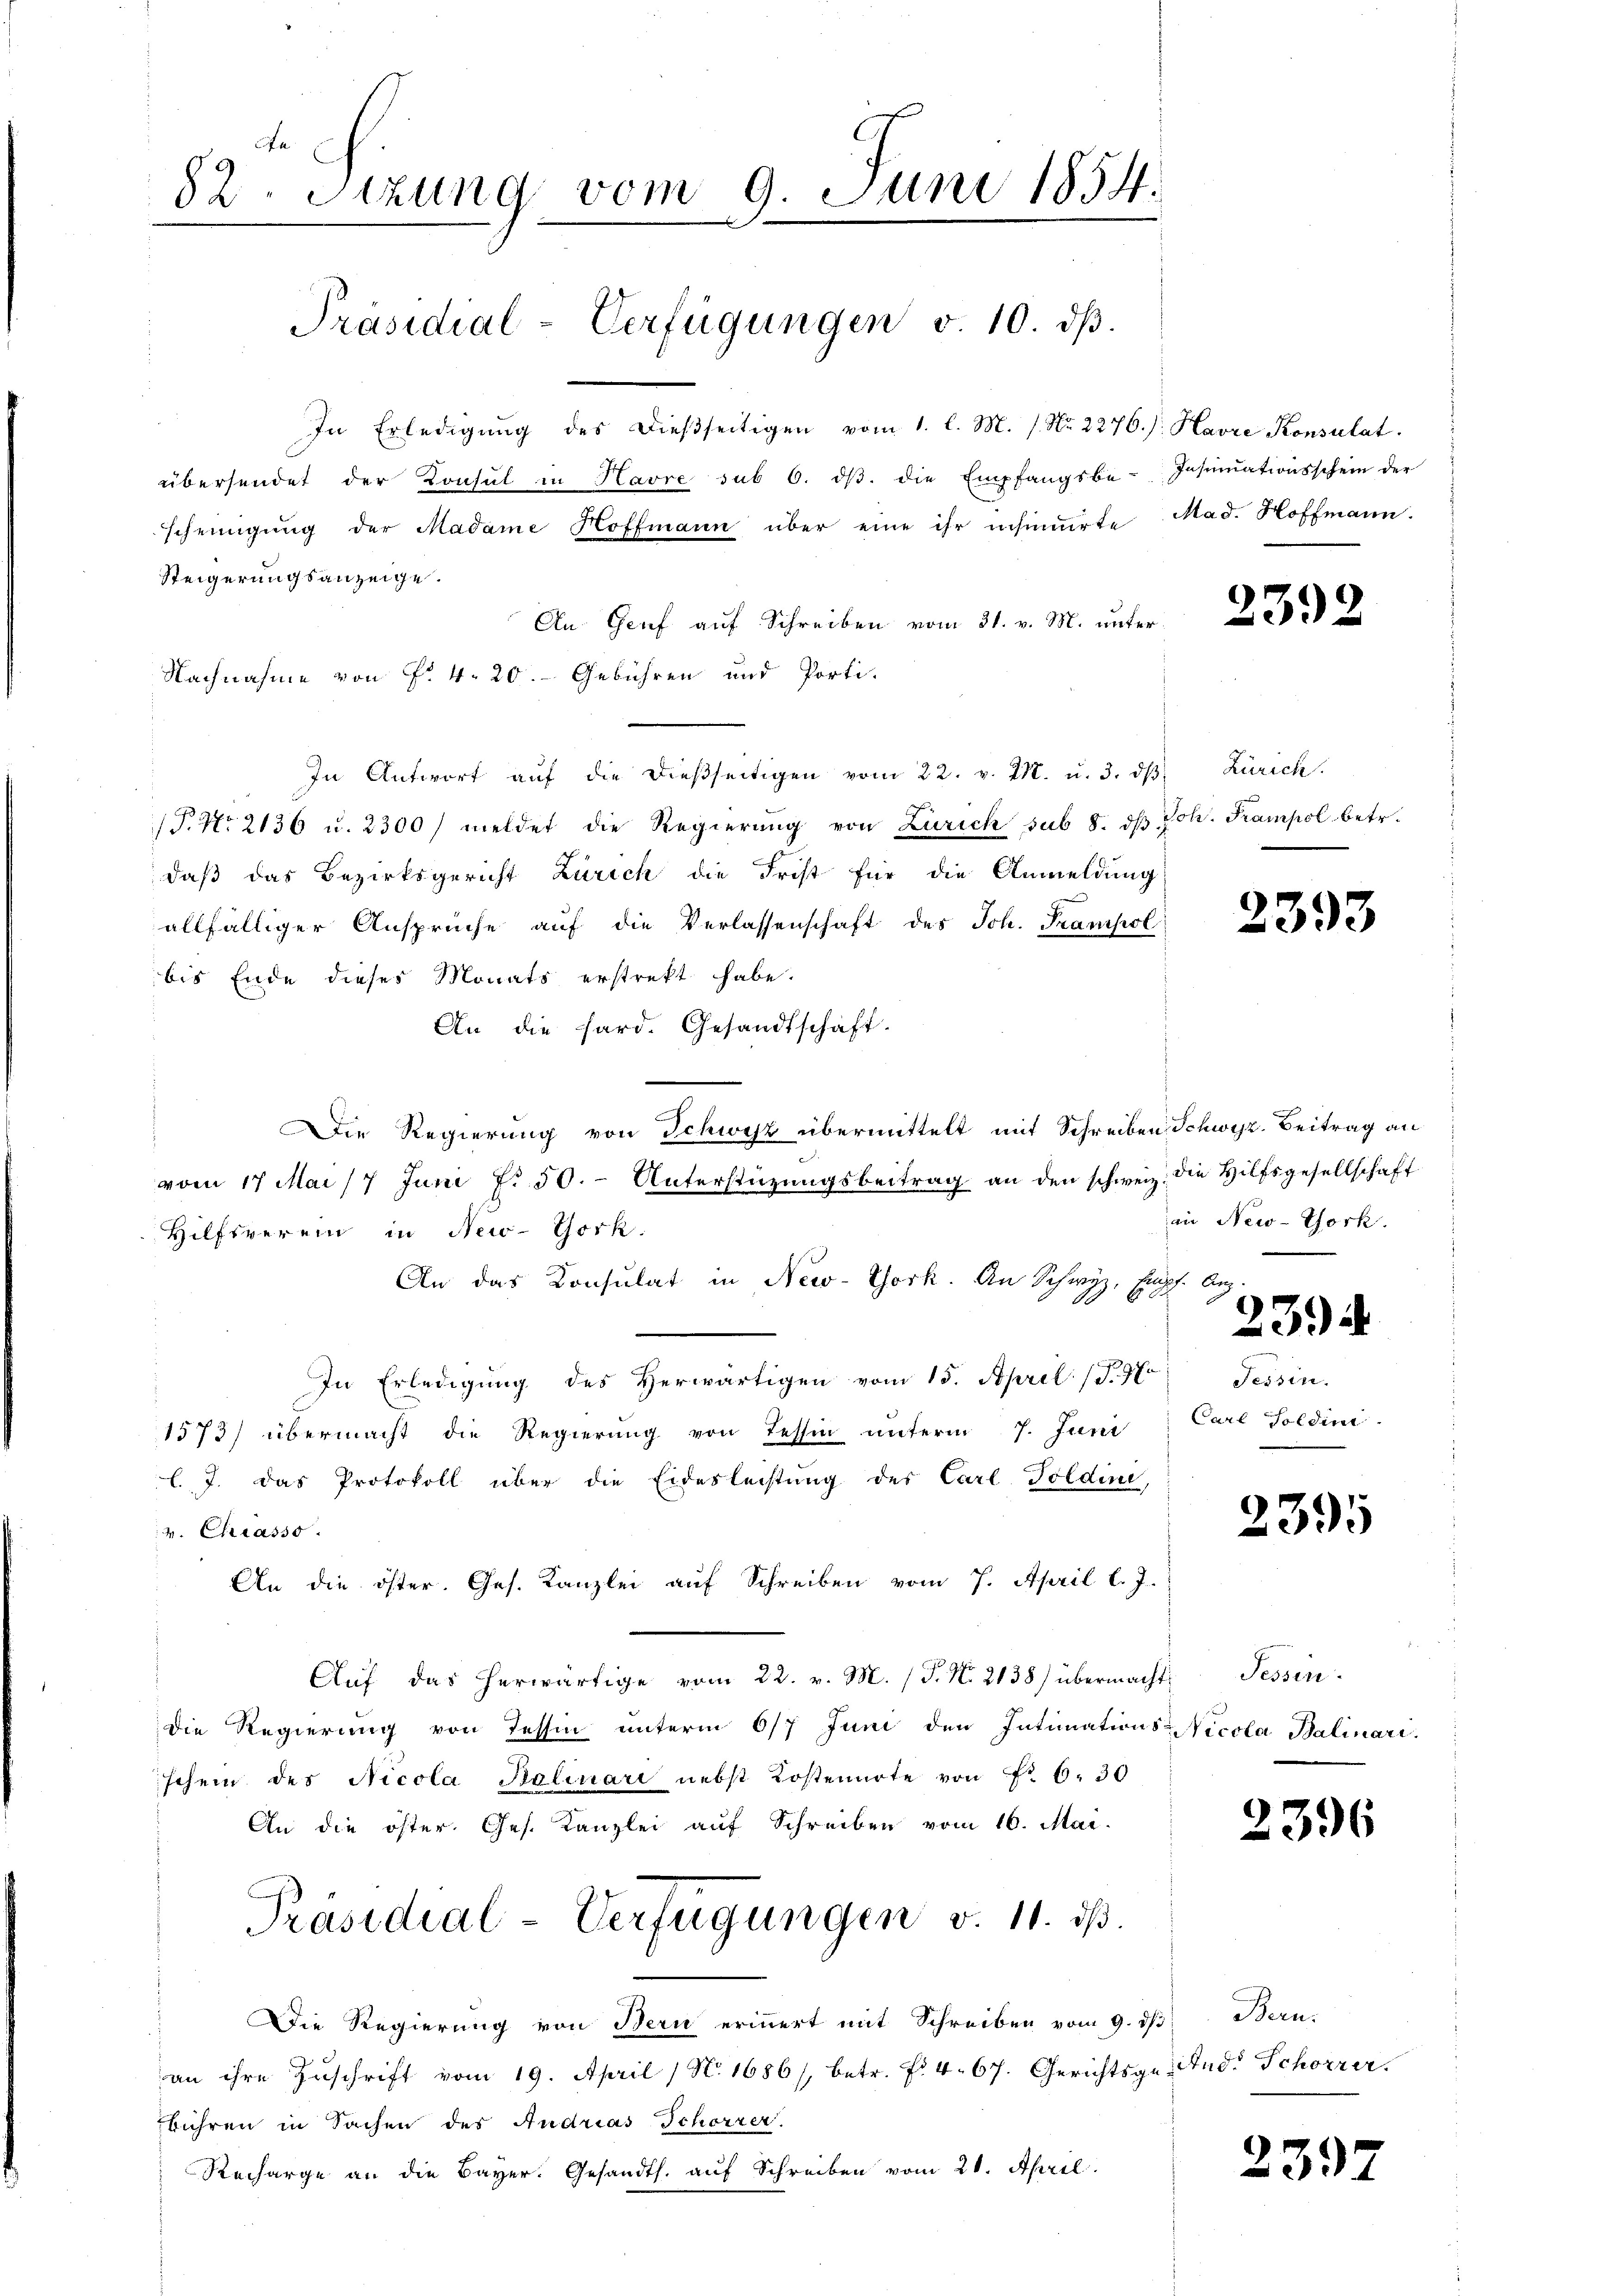
82. Sitzung vom 9. Juni 1854.
Präsidial-Verfügungen v. 10. dβ.

In Erledigŭng des dießseitigen vom 1. l. M. 1. No. 2276./: Havre Konsulat
übersendet der Konsul in Havre sub 6. dβ. die Empfangsbe-Instrationsschein der
scheinigung der Madame Hoffmann über eine ihr insimirte Mad. Hoffmann.
Steigerungsanzeige.
An- Genf auf Schreiben vom 31. v. M. unter¬
Nachnahme von Fr. 4. 20. Gebühren und Porti-
In Antwort aŭf die dießseitigen vom 22. v. M. u. 3. dβ. Zürich.
(P. Nr. 2136 u. 2300/ meldet die Regierung von Zürich sub 8. dβ Joh. Trampel betr.
daß das Bezirksgericht Zürich die Frist für die Anmeldung
allfälliger Ansprüche auf die Verlassenschaft des Joh. Trampol
bis Ende dieses Monats erstrekt habe.
An die hard. Gesandtschaft.
Die Regierung von Schwyz übermittelt mit Schreiben Schwyz.- Beitrag an
vom 17 Mai /7 Juni f. 50.- Unterstüzungsbeitrag an den schweiz. die Hilfsgesellschaft
Hilfsverein in New-York.
An das Konsulat in New-York. An Schwyz, Empf. Aug.
In Erledigung des Herwärtigen vom 15. April. (T.97
1573) übermacht die Regierung von Tessin unterm 7. Juni
l. J. das Protokoll über die Eidesleistung des Carl Toldine,
v. Chiasso
An die öster. Ges. Kanzlei auf Schreiben vom 7. April l. J.
Aŭf das herwärtige vom 22. v. M. (T. N. 2138) übermacht: Tessir¬
Die Regierung von Tessin unterm 6/7 Juni den Intimations-Vicola Balinari
schein des Nicola Balinari nebst Kostennote von Fr. 6. 30
An die öster. Ges. Kanzlei auf Schreiben vom 16. Mai.
Präsidial-Verfügungen v. 11. ds.
Die Regierung von Bern erinnert mit Schreiben vom 9. dβ
an ihre Zŭschrift vom 19. April / No. 1686/, betr. No. 4. 67. Gerichtsge-
bühren in Sachen des Andrias Schorrer.
Recharge an die Bayer. Gesandth. auf Schreiben vom 21. April.

2392

2393

an New-York.
2394
Tessin.
Carl Soldini

2395

2396

Bern.
And. Schorra.

2397